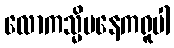
လောကသ္မိမနေကရူပါ